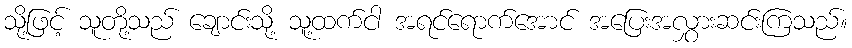
သို့ဖြင့် သူတို့သည် ချောင်းသို့ သူ့ထက်ငါ အရင်ရောက်အောင် အပြေးအလွှားဆင်းကြသည်။